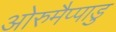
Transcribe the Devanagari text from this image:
ओरुमैप्पाडु